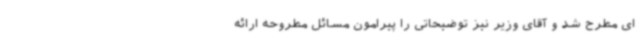
ای مطرح شد و آقای وزیر نیز توضیحاتی را پیرامون مسائل مطروحه ارائه